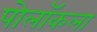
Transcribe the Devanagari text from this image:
पोलॉकला